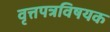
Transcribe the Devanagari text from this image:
वृत्तपत्रविषयक